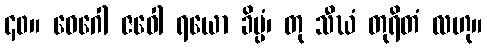
၄၀။ ဝေဂေါ ဇဝေါ ရယော ခိပ္ပံ၊ တု သီဃံ တုရိတံ လဟု။